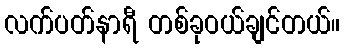
လက်ပတ်နာရီ တစ်ခုဝယ်ချင်တယ်။